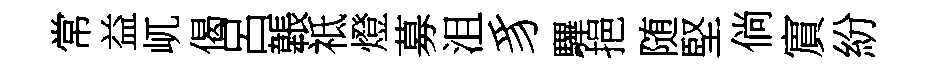
常益屼偈呂韔祗燈募沮豸驆挹随堅倘賔紛